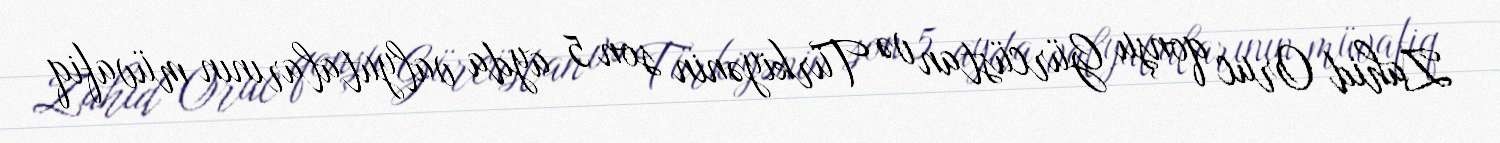
Zahid Oruc qonşu Gürcüstan və Türkiyənin son 5 ayda valyutalarının müvafiq